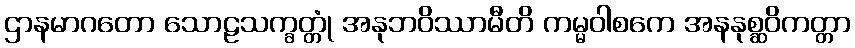
ဌာနမာဂတော သောဠသက္ခတ္တုံ အနုဘဝိဿာမီတိ ကမ္မဝါစကေ အနနုစ္ဆဝိကတ္တာ